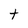
Character: t